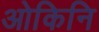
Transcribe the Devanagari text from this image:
ओकिनि